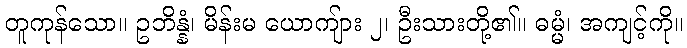
တူကုန်သော။ ဥဘိန္နံ၊ မိန်းမ ယောကျ်ား ၂၊ ဦးသားတို့၏။ ဓမ္မံ၊ အကျင့်ကို။